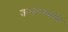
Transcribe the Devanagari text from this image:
ऊभारण्याची